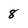
Character: 8